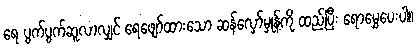
ရေ ပွက်ပွက်ဆူလာလျှင် ရေဖျော်ထားသော ဆန်လှော်မှုန့်ကို ထည့်ပြီး ရောမွှေပေးပါ။